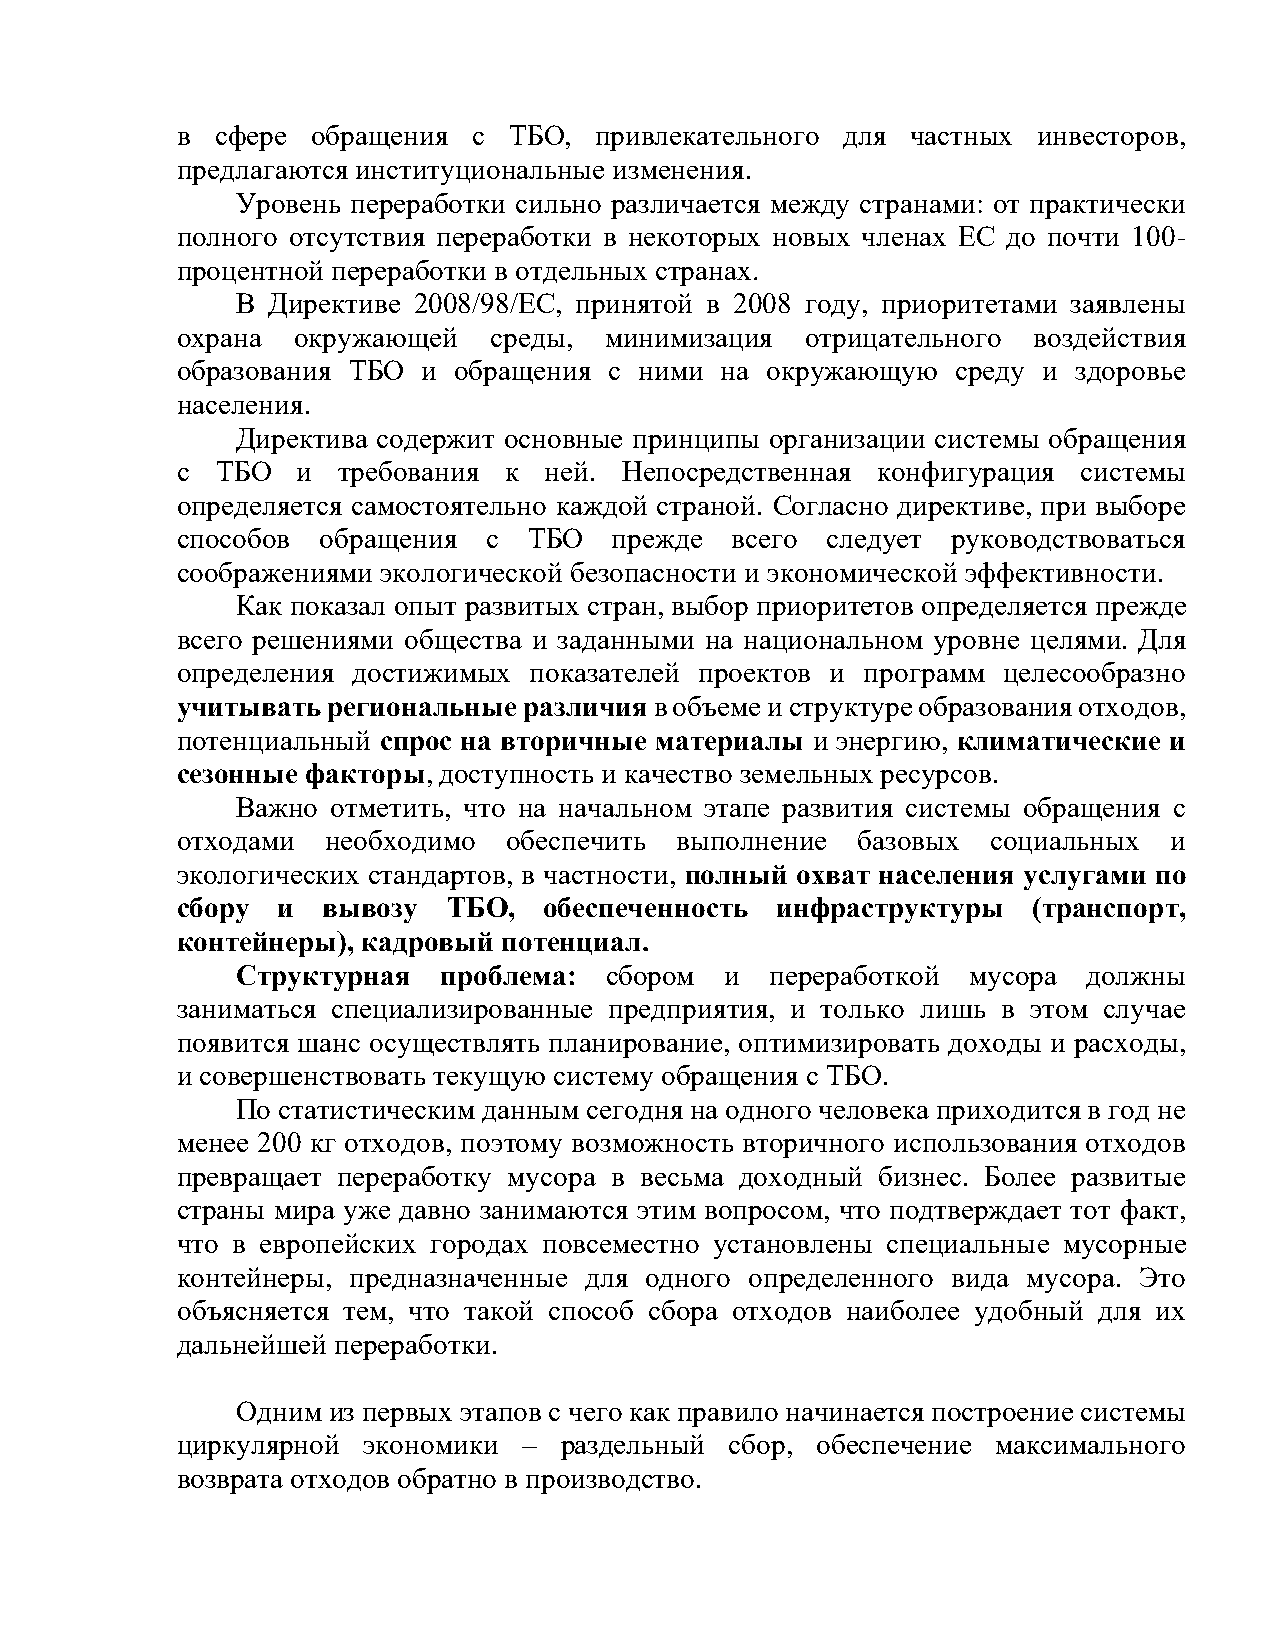
в сфере  обращения с  ТБО, привлекательного для частных  инвесторов,
 предлагаются институциональные изменения.
 Уровень переработки сильно различается между странами: от практически
 полного отсутствия переработки в некоторых новых членах ЕС до почти 100-
 процентной переработки в отдельных странах.
 В Директиве 2008/98/ЕС, принятой в 2008 году, приоритетами заявлены
 охрана  окружающей  среды,  минимизация  отрицательного воздействия
 образования ТБО и обращения с ними  на окружающую  среду и здоровье
 населения.
 Директива содержит основные принципы организации системы обращения
 с ТБО   и требования к  ней. Непосредственная конфигурация  системы
 определяется самостоятельно каждой страной. Согласно директиве, при выборе
 способов обращения  с  ТБО   прежде всего  следует руководствоваться
 соображениями экологической безопасности и экономической эффективности.
 Как показал опыт развитых стран, выбор приоритетов определяется прежде
 всего решениями общества и заданными на национальном уровне целями. Для
 определения достижимых показателей проектов и программ целесообразно
 учитывать региональные различия в объеме и структуре образования отходов,
 потенциальный спрос на вторичные материалы и энергию, климатические и
 сезонные факторы, доступность и качество земельных ресурсов.
 Важно отметить, что на начальном этапе развития системы обращения с
 отходами  необходимо  обеспечить выполнение  базовых  социальных и
 экологических стандартов, в частности, полный охват населения услугами по
 сбору и  вывозу   ТБО,  обеспеченность инфраструктуры   (транспорт,
 контейнеры), кадровый потенциал.
 Структурная  проблема:  сбором  и  переработкой мусора  должны
 заниматься специализированные предприятия, и только лишь в этом случае
 появится шанс осуществлять планирование, оптимизировать доходы и расходы,
 и совершенствовать текущую систему обращения с ТБО.
 По статистическим данным сегодня на одного человека приходится в год не
 менее 200 кг отходов, поэтому возможность вторичного использования отходов
 превращает переработку мусора в весьма доходный бизнес. Более развитые
 страны мира уже давно занимаются этим вопросом, что подтверждает тот факт,
 что в европейских городах повсеместно установлены специальные мусорные
 контейнеры, предназначенные для одного определенного вида мусора. Это
 объясняется тем, что такой способ сбора отходов наиболее удобный для их
 дальнейшей переработки.
 Одним из первых этапов с чего как правило начинается построение системы
 циркулярной экономики  – раздельный сбор, обеспечение максимального
 возврата отходов обратно в производство.